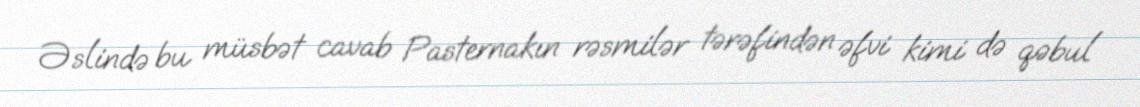
Əslində bu müsbət cavab Pasternakın rəsmilər tərəfindən əfvi kimi də qəbul